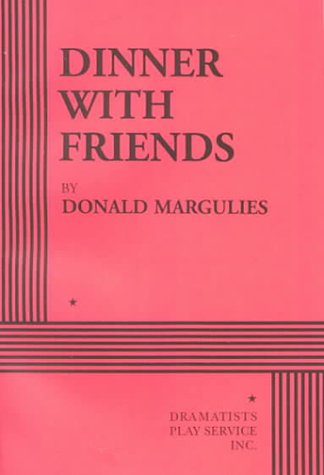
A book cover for Dinner With Friends; Donald Margulies; Parenting & Relationships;